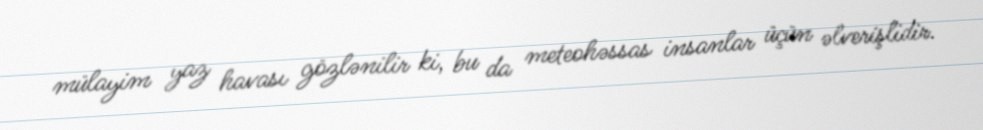
mülayim yaz havası gözlənilir ki, bu da meteohəssas insanlar üçün əlverişlidir.